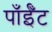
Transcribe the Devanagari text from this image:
पाँईँट